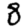
Digit: 8